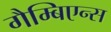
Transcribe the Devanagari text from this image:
गैम्बिएन्स